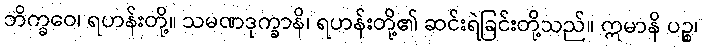
ဘိက္ခဝေ၊ ရဟန်းတို့။ သမဏဒုက္ခာနိ၊ ရဟန်းတို့၏ ဆင်းရဲခြင်းတို့သည်။ ဣမာနိ ပဉ္စ၊